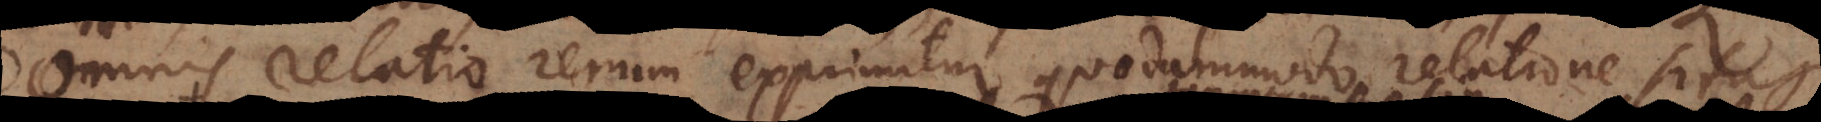
Omnis relatio rerum exprimitur quodammodo relatione s